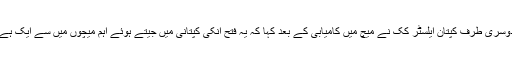
دوسری طرف کپتان ایلسٹر کک نے میچ میں کامیابی کے بعد کہا کہ یہ فتح اُنکی کپتانی میں جیتے ہوئے اہم میچوں میں سے ایک ہے۔